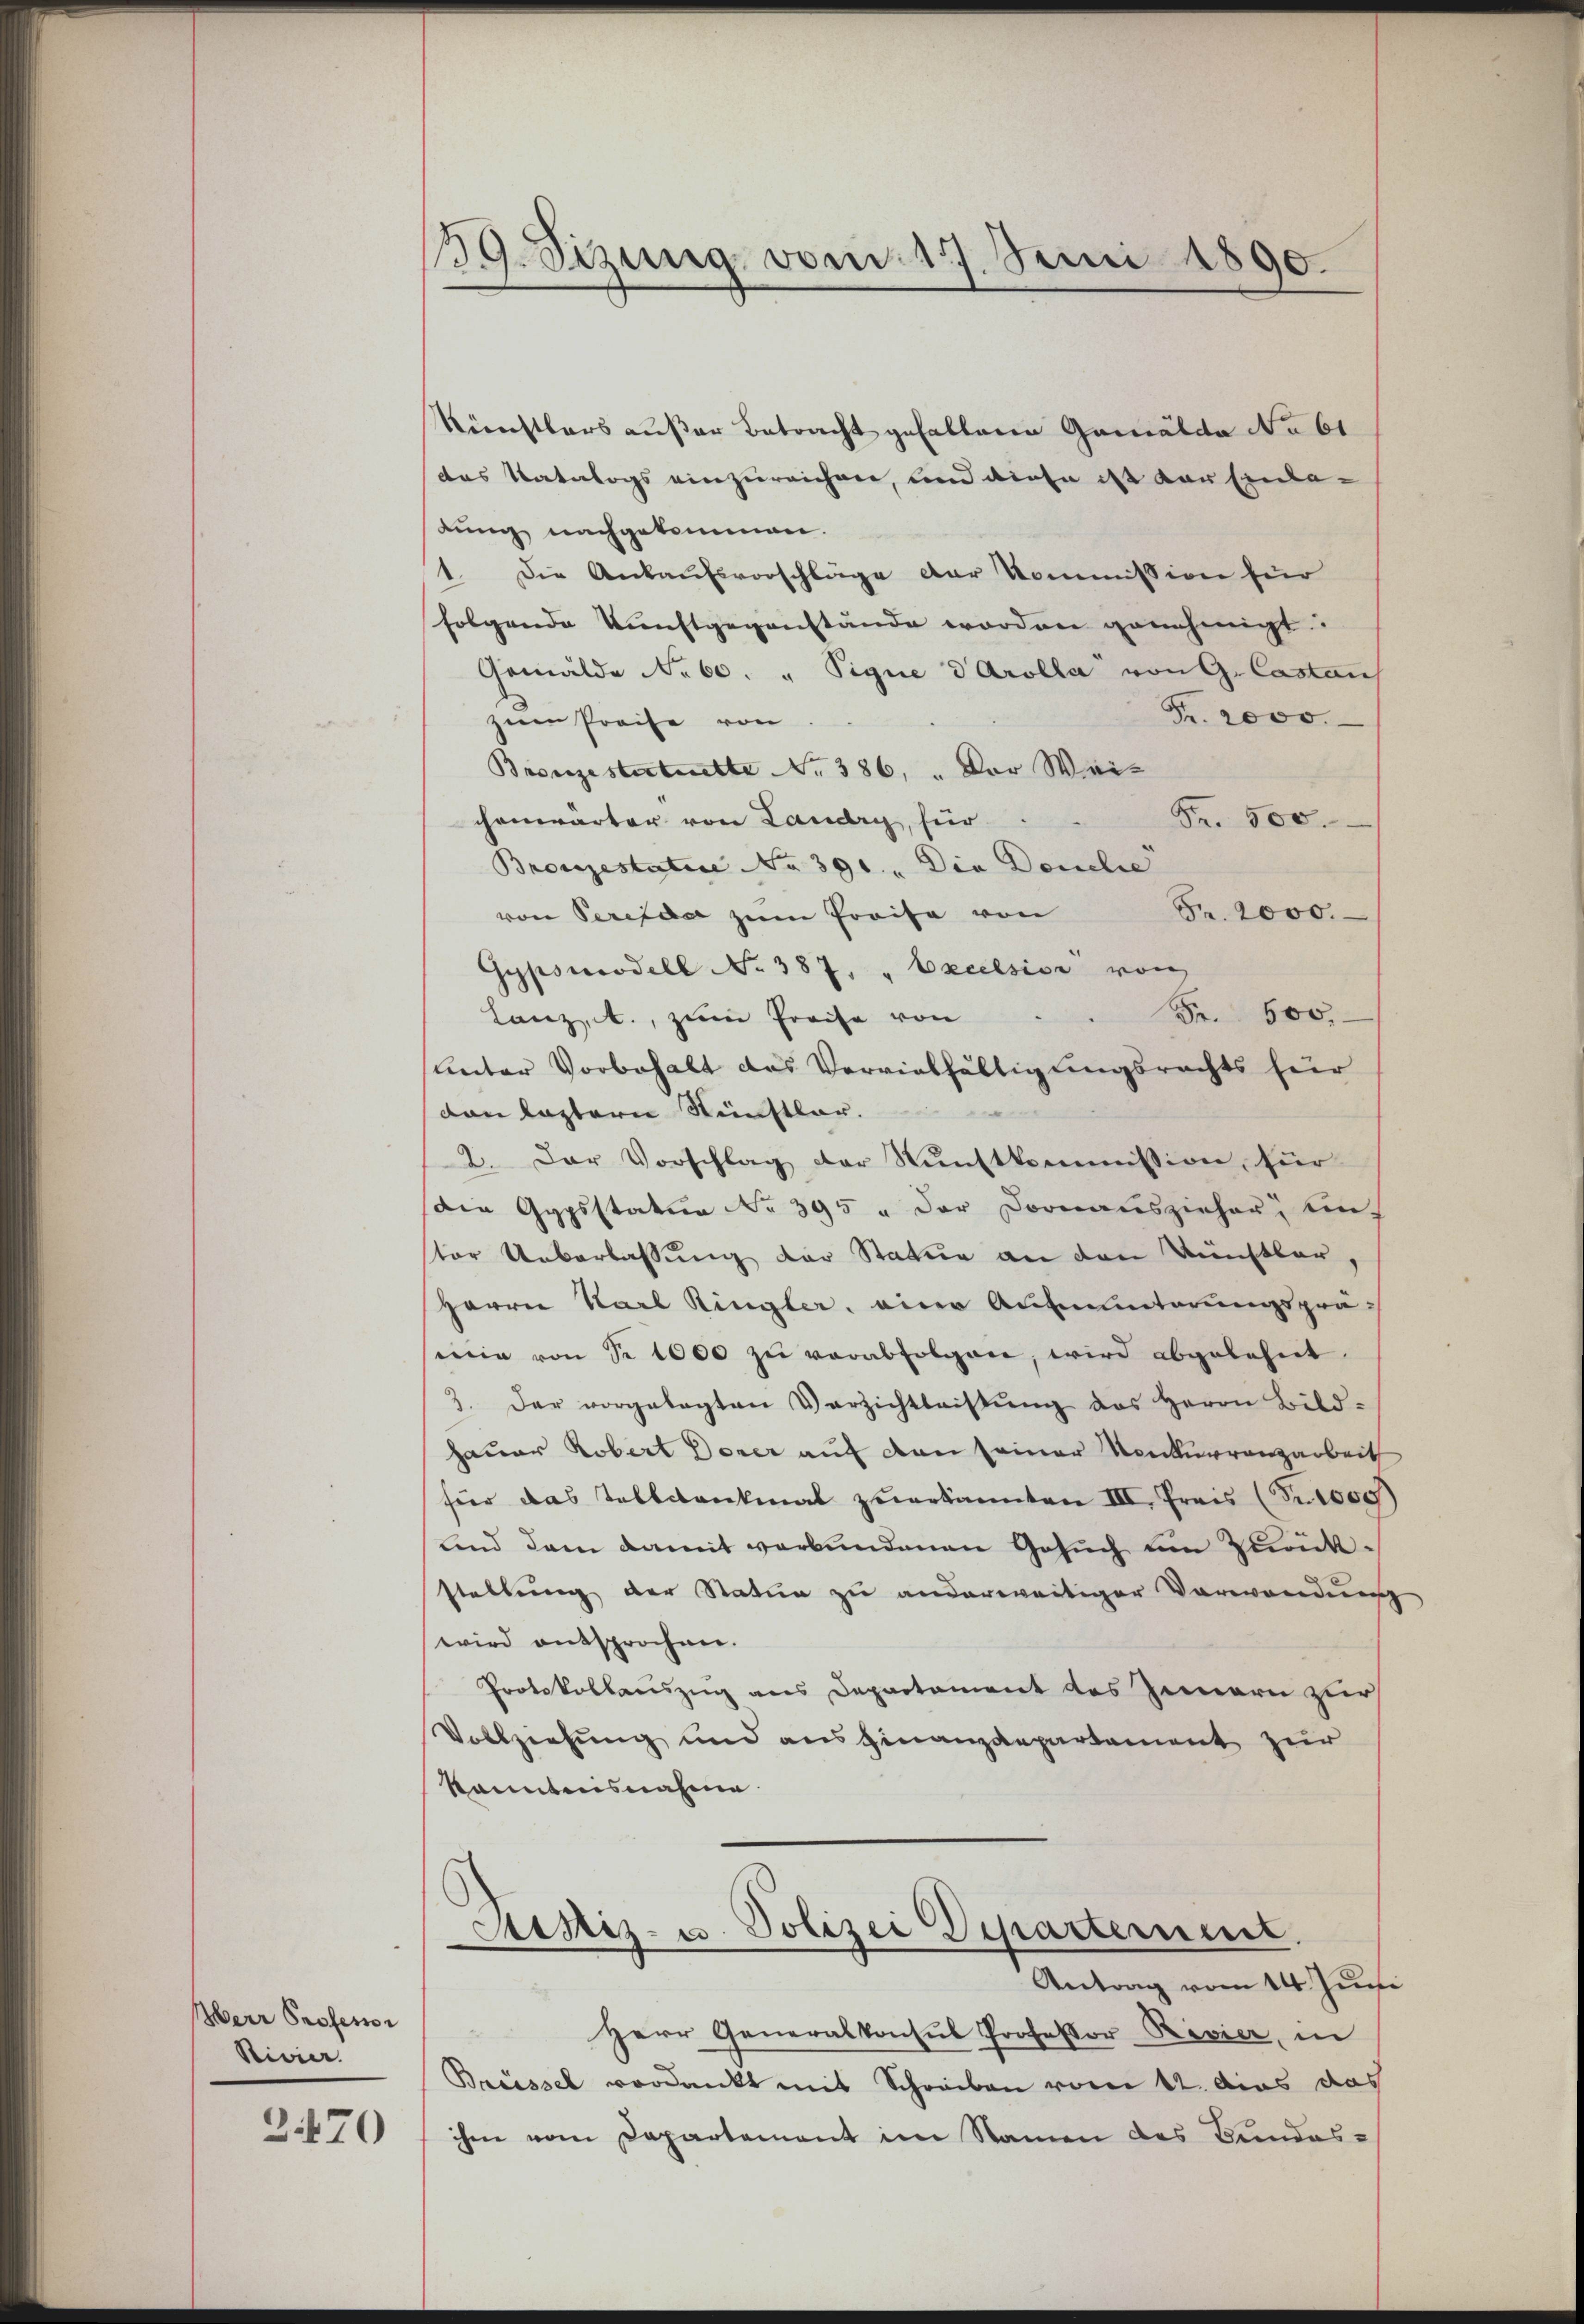
Herr Professor
Rivier.
2470

39. Sizung vom 17. Juni 1890.

Künstlers außer Betracht gefallene Gemälde No 61
das Katalogs einzureichen, und diese ist der Einladung nachgekommen.
1. Die Ankaufsvorschläge der Kommission für
folgende Kunstgegenstände worden genehmigt.
Gemälde No 60. " Pigne d Arolla von G. Castan
Fr. 2000.
zum Preise von
Bronzestertrette No. 386,  Der Wei¬
Fr. 500.
chenwärter von Landry, für
Bronzestatue No 391. " Die Douclie
Fr. 2000.
von Perefdar zum Preise von
Gypsmodell No 387, " Excelsion von
Fr. 600.
Lanz, A., zum Preise von
Unter Vorbehalt das Vervielfältigungsrechts für
don lastern Künstler.
d
2. Der Vorschlag der Nŭnstkommission, für
die Gypsstatue No 395 " der Dornauszieher untor Ueberlassung der Statue an den Künstler,
Herrn Karl Ringler, einer Aufmunterungsprä-
mie von Sr 1000 zŭ verabfolgen, wird abgelehnt.
3. Der vorgelegten Verzichtleistŭng des Herrn Bild-
hauer Kobert Dorer auf den seiner Konkurrenzarbeit
fier das Tallankmal zŭerkannten III. Preis (Prooe)
und dem damit verbundenen Gesuch um Zurükstellung der Statum zu anderweitiger Vorwandung,
wird entsprochen.
Protokollauszug aus Departament des Innern zur
Vollziehung und ausfinanzdepartement zur
kanntnisnahme
Sistiz- u. Polizei Departement.
Antrag vom 14. Juni
Herr Generalkonsul Professor Rivier, in
Brüssel verdankt mit Schreiben vom 12. das das
ihm vom Departement im Namen des Bundes-